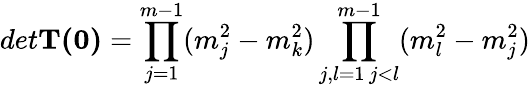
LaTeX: det\mathbf{T(0)}=\prod_{j=1}^{m-1}(m_{j}^{2}-m_{k}^{2})\prod_{\substack{j,l=1\, j<l}}^{m-1}(m_{l}^{2}-m_{j}^{2})